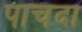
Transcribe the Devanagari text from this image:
पाचदा